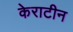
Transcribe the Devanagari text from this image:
केराटीन